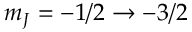
m _ { J } = - 1 / 2 \rightarrow - 3 / 2